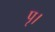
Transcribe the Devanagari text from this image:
पृ।